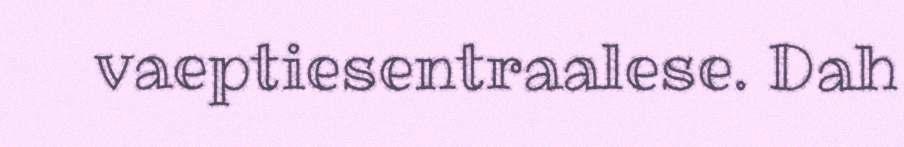
vaeptiesentraalese. Dah